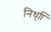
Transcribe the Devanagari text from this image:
निध्ाि